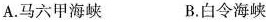
A.马六甲海峡 B.白令海峡